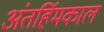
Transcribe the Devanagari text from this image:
अंतर्हिमकाल